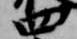
四